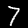
Label: 7